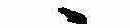
ゝ